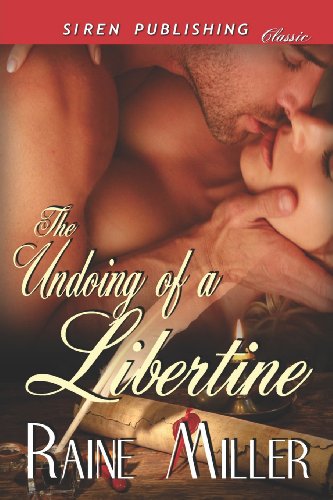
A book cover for The Undoing of a Libertine (Siren Publishing Classic); Raine Miller; Romance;